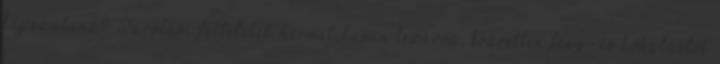
kapszulánál. Tárolási feltételek: hermetikusan lezárva, közvetlen fény- és hőhatástól